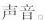
声音。